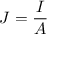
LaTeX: J = { \frac { I } { A } }